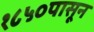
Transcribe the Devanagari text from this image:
१८५०पासून